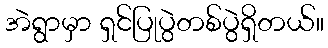
အဲရွာမှာ ရှင်ပြုပွဲတစ်ပွဲရှိတယ်။